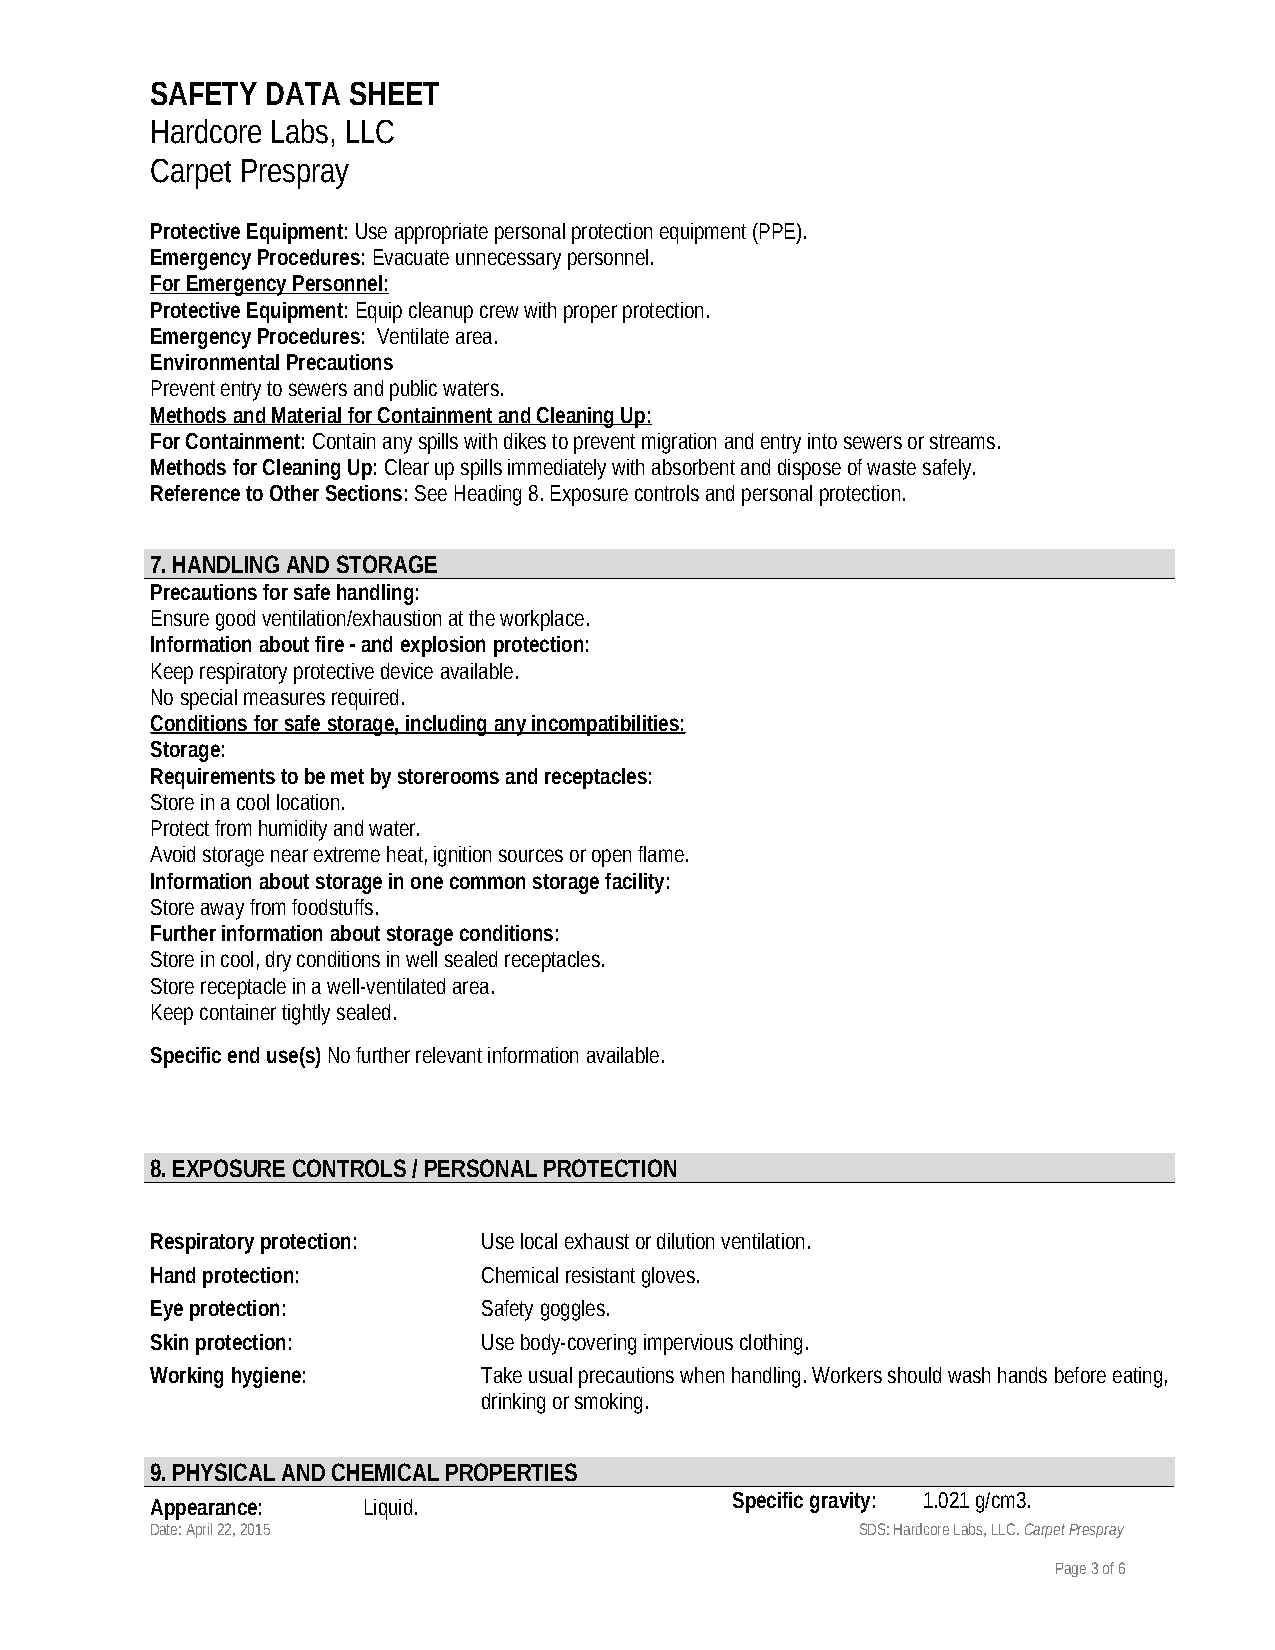
SAFETY  DATA SHEET
 Hardcore Labs, LLC
 Carpet Prespray
 Protective Equipment: Use appropriate personal protection equipment (PPE).
 Emergency Procedures: Evacuate unnecessary personnel.
 For Emergency Personnel:
 Protective Equipment: Equip cleanup crew with proper protection.
 Emergency Procedures: Ventilate area.
 Environmental Precautions
 Prevent entry to sewers and public waters.
 Methods and Material for Containment and Cleaning Up:
 For Containment: Contain any spills with dikes to prevent migration and entry into sewers or streams.
 Methods for Cleaning Up: Clear up spills immediately with absorbent and dispose of waste safely.
 Reference to Other Sections: See Heading 8. Exposure controls and personal protection.
 7. HANDLING AND STORAGE
 Precautions for safe handling:
 Ensure good ventilation/exhaustion at the workplace.
 Information about fire - and explosion protection:
 Keep respiratory protective device available.
 No special measures required.
 Conditions for safe storage, including any incompatibilities:
 Storage:
 Requirements to be met by storerooms and receptacles:
 Store in a cool location.
 Protect from humidity and water.
 Avoid storage near extreme heat, ignition sources or open flame.
 Information about storage in one common storage facility:
 Store away from foodstuffs.
 Further information about storage conditions:
 Store in cool, dry conditions in well sealed receptacles.
 Store receptacle in a well-ventilated area.
 Keep container tightly sealed.
 Specific end use(s) No further relevant information available.
 8. EXPOSURE CONTROLS / PERSONAL PROTECTION
 Respiratory protection: Use local exhaust or dilution ventilation.
 Hand protection:      Chemical resistant gloves.
 Eye protection:       Safety goggles.
 Skin protection:      Use body-covering impervious clothing.
 Working hygiene:      Take usual precautions when handling. Workers should wash hands before eating,
 drinking or smoking.
 9. PHYSICAL AND CHEMICAL PROPERTIES
 Specific gravity: 1.021 g/cm3.
 Appearance:   Liquid.
 Date: April 22, 2015                           SDS: Hardcore Labs, LLC. Carpet Prespray
 Page 3 of 6